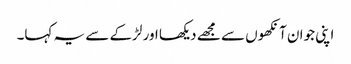
اپنی جوان آنکھوں سے مجھے دیکھا اور لڑکے سے یہ کہا۔